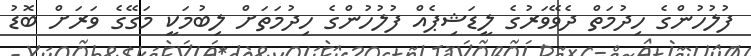
ފުލުހުންގެ ހިދުމަތް ދެވޭވަރުގެ ލީޑަޝިޕެއް ފުލުހުންގެ ހިދުމަތަށް ލިބުމަކީ މަގޭގެ ވަރަށް ބޮޑު